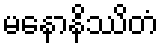
မနောနိဿိတံ